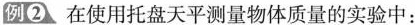
例{② 在使用托盘天平测量物体质量的实验中：